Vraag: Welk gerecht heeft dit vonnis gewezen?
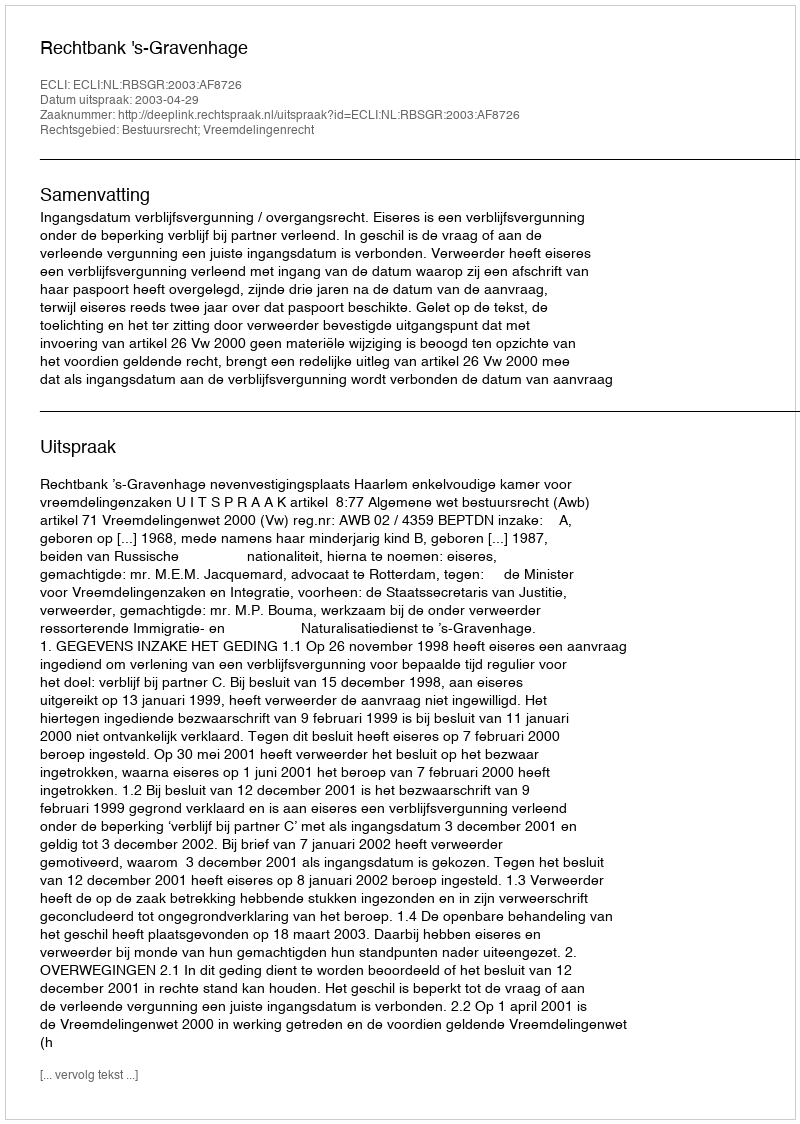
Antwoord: Rechtbank 's-Gravenhage